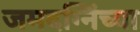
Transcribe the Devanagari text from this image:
जमदग्निंच्या